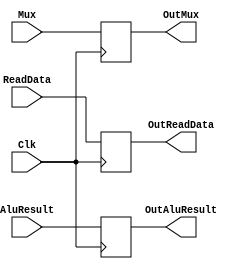
`timescale 1ns/1ns

module MEM_WB(
    /*
	input WB,
	input MemtoReg,
	*/
    input [31:0] ReadData,
    input [31:0] AluResult,
	input [4:0] Mux,
	input Clk,
	/*
	output reg OutWB,
	output reg OutMemtoReg,
	*/
    output reg [31:0] OutReadData,
    output reg [31:0] OutAluResult,
    output reg [4:0]OutMux
);
    always @(posedge Clk)
    begin
	//OutWB = WB;
	//OutMemtoReg = MemtoReg;
    OutReadData = ReadData;
    OutAluResult = AluResult;
    OutMux = Mux;
   
    end 
endmodule